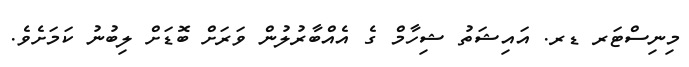
މިނިސްޓަރ ޑރ. އައިޝަތު ޝިހާމް ގެ އެއްބާރުލުން ވަރަށް ބޮޑަށް ލިބުނު ކަމަށެވެ.